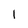
Character: 1